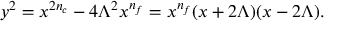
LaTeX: y ^ { 2 } = x ^ { 2 n _ { c } } - 4 \Lambda ^ { 2 } x ^ { n _ { f } } = x ^ { n _ { f } } ( x + 2 \Lambda ) ( x - 2 \Lambda ) .